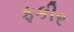
ફકીર